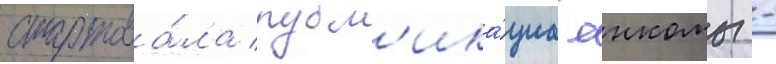
стартова́ла публ'ика́циа енкомы -